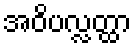
အဝိပလ္လတ္ထာ